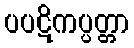
ပပဋိကပ္ပတ္တာ